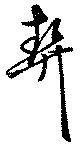
契